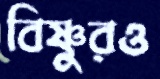
বিষ্ণুরও